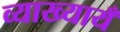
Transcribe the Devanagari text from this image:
व्याख्यायँ